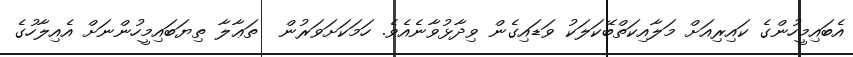
އެބައިމީހުންގެ ކައިރިއަށް މަލާއިކަތްބޭކަލަކު ވަޑައިގެން ވިދާޅުވާނެއެވެ. ހަމަކަށަވަރުން  ތަޢާލާ ތިޔަބައިމީހުންނަށް އެއިލާހުގެ